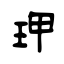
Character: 玾